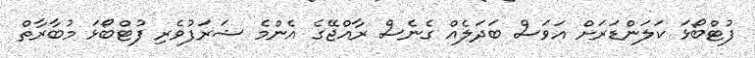
ފުޓްބޯޅަ ކަލަންޑަރަށް އަވަސް ބަދަލެއް ގެނެސް ރާއްޖޭގެ އެންމެ ޝަރަފުވެރި ފުޓްބޯޅަ މުބާރާތް